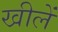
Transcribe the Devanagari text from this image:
खीलें